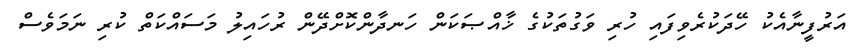
އަރުފީނާއެކު ހޭދަކުރެވިފައި ހުރި ވަގުތަކުގެ ޚާއްޞަކަން ހަނދާންކޮށްދޭން ރުހައިލު މަސައްކަތް ކުރި ނަމަވެސް